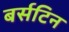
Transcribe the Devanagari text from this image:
बर्सटिन